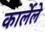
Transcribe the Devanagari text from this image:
कार्लेले